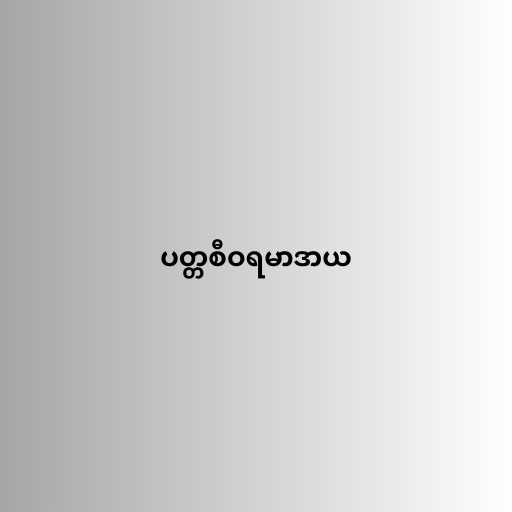
ပတ္တစီဝရမာဒာယ